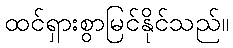
ထင်ရှားစွာမြင်နိုင်သည်။